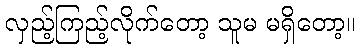
လှည့်ကြည့်လိုက်တော့ သူမ မရှိတော့။